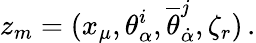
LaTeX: z_{m}=(x_{\mu},\theta_{\alpha}^{i},{\overline{{\theta}}}_{\dot{\alpha}}^{j},\zeta_{r})\, .